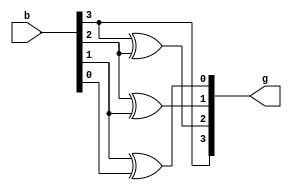
module binary_To_gray(g,b);
input [3:0]b;
output [3:0]g;

buf(g[3],b[3]);
xor(g[2],b[3],b[2]);
xor(g[1],b[2],b[1]);
xor(g[0],b[1],b[0]);

endmodule

module binary_To_graytest;

reg [3:0]b;
wire [3:0]g;

binary_To_gray btg(g,b);

initial
begin

b=4'b 0000;
#50 b=4'b 0001;
#50 b=4'b 0010;
#50 b=4'b 0011;
#50 b=4'b 0100;

end
endmodule